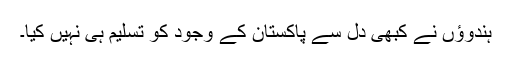
ہندوؤں نے کبھی دل سے پاکستان کے وجود کو تسلیم ہی نہیں کیا۔